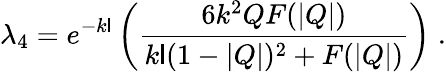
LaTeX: \lambda_{4}=e^{-k\mathsf{l}}\left(\frac{{6k^{2}QF(|Q|)}}{{k\mathsf{l}(1-|Q|)^{2}+F(|Q|)}}\right)\; .